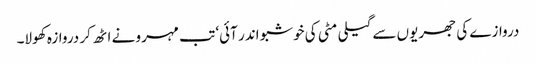
دروازے کی جھریوں سے گیلی مٹی کی خوشبو اندر آئی‘ تب مہرو نے اٹھ کر دروازہ کھولا۔